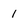
Character: 1